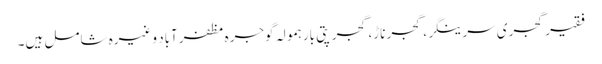
فقیر گجری سرینگر، گجر ناڑ، گجر پتی بارہمولہ گوجرہ مظفرآباد وغیرہ شامل ہیں۔